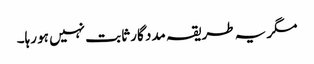
مگر یہ طریقہ مدد گار ثابت نہیں ہو رہا۔